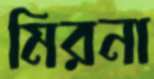
মিরনা